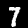
Digit: 7